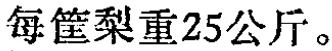
每筐梨重25公斤。